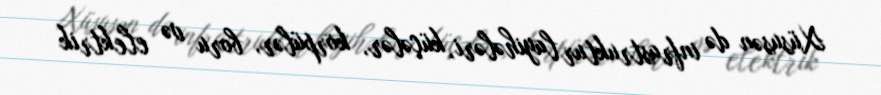
Xüsusən də infrastruktur layihələri, küçələr, körpülər, boru və elektrik